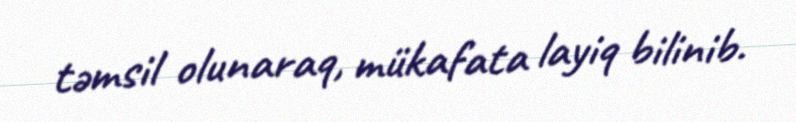
təmsil olunaraq, mükafata layiq bilinib.